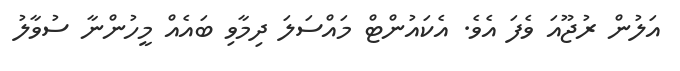
އަލުން ރުޖޫއަ ވެފަ އެވެ. އެކައުންޓް މައްސަލަ ދިމާވި ބައެއް މީހުންނާ ސުވާލު